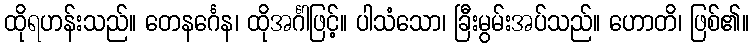
ထိုရဟန်းသည်။ တေနင်္ဂေန၊ ထိုအင်္ဂါဖြင့်။ ပါသံသော၊ ခြီးမွမ်းအပ်သည်။ ဟောတိ၊ ဖြစ်၏။